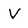
Character: V